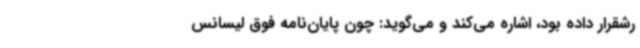
رشقرار داده بود، اشاره می‌کند و می‌گوید: چون پایان‌نامه فوق لیسانس